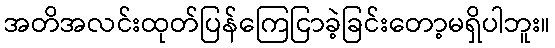
အတိအလင်းထုတ်ပြန်ကြေငြာခဲ့ခြင်းတော့မရှိပါဘူး။